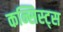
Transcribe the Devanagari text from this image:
कन्सिस्ट्स